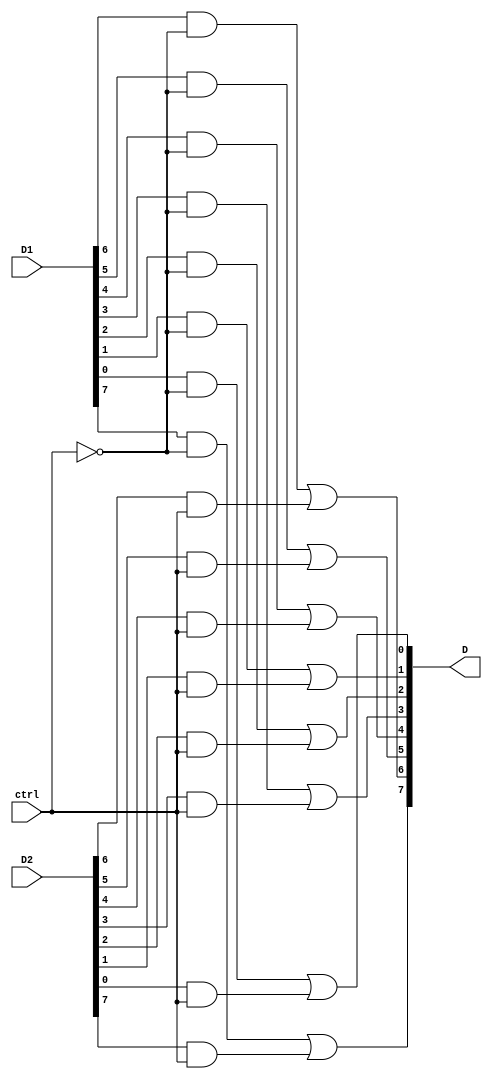
`timescale 1ns / 1ps

module MUX(
    input [7:0] D1,D2,
    input ctrl,
    output wire [7:0] D 
    );
    
assign D[7] = (D1[7]&&~ctrl)|| (D2[7]&&ctrl); 
assign D[6] = (D1[6]&&~ctrl)|| (D2[6]&&ctrl); 
assign D[5] = (D1[5]&&~ctrl)|| (D2[5]&&ctrl); 
assign D[4] = (D1[4]&&~ctrl)|| (D2[4]&&ctrl); 
assign D[3] = (D1[3]&&~ctrl)|| (D2[3]&&ctrl); 
assign D[2] = (D1[2]&&~ctrl)|| (D2[2]&&ctrl); 
assign D[1] = (D1[1]&&~ctrl)|| (D2[1]&&ctrl); 
assign D[0] = (D1[0]&&~ctrl)|| (D2[0]&&ctrl); 

endmodule